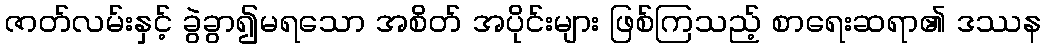
ဇာတ်လမ်းနှင့် ခွဲခွာ၍မရသော အစိတ် အပိုင်းများ ဖြစ်ကြသည့် စာရေးဆရာ၏ ဒဿန